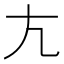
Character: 𡯁